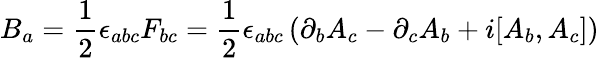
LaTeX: B_{a}={\frac{1}{2}}\epsilon_{abc}F_{bc}={\frac{1}{2}}\epsilon_{abc}\left(\partial_{b}A_{c}-\partial_{c}A_{b}+i[A_{b},A_{c}]\right)